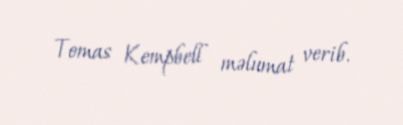
Tomas Kempbell məlumat verib.